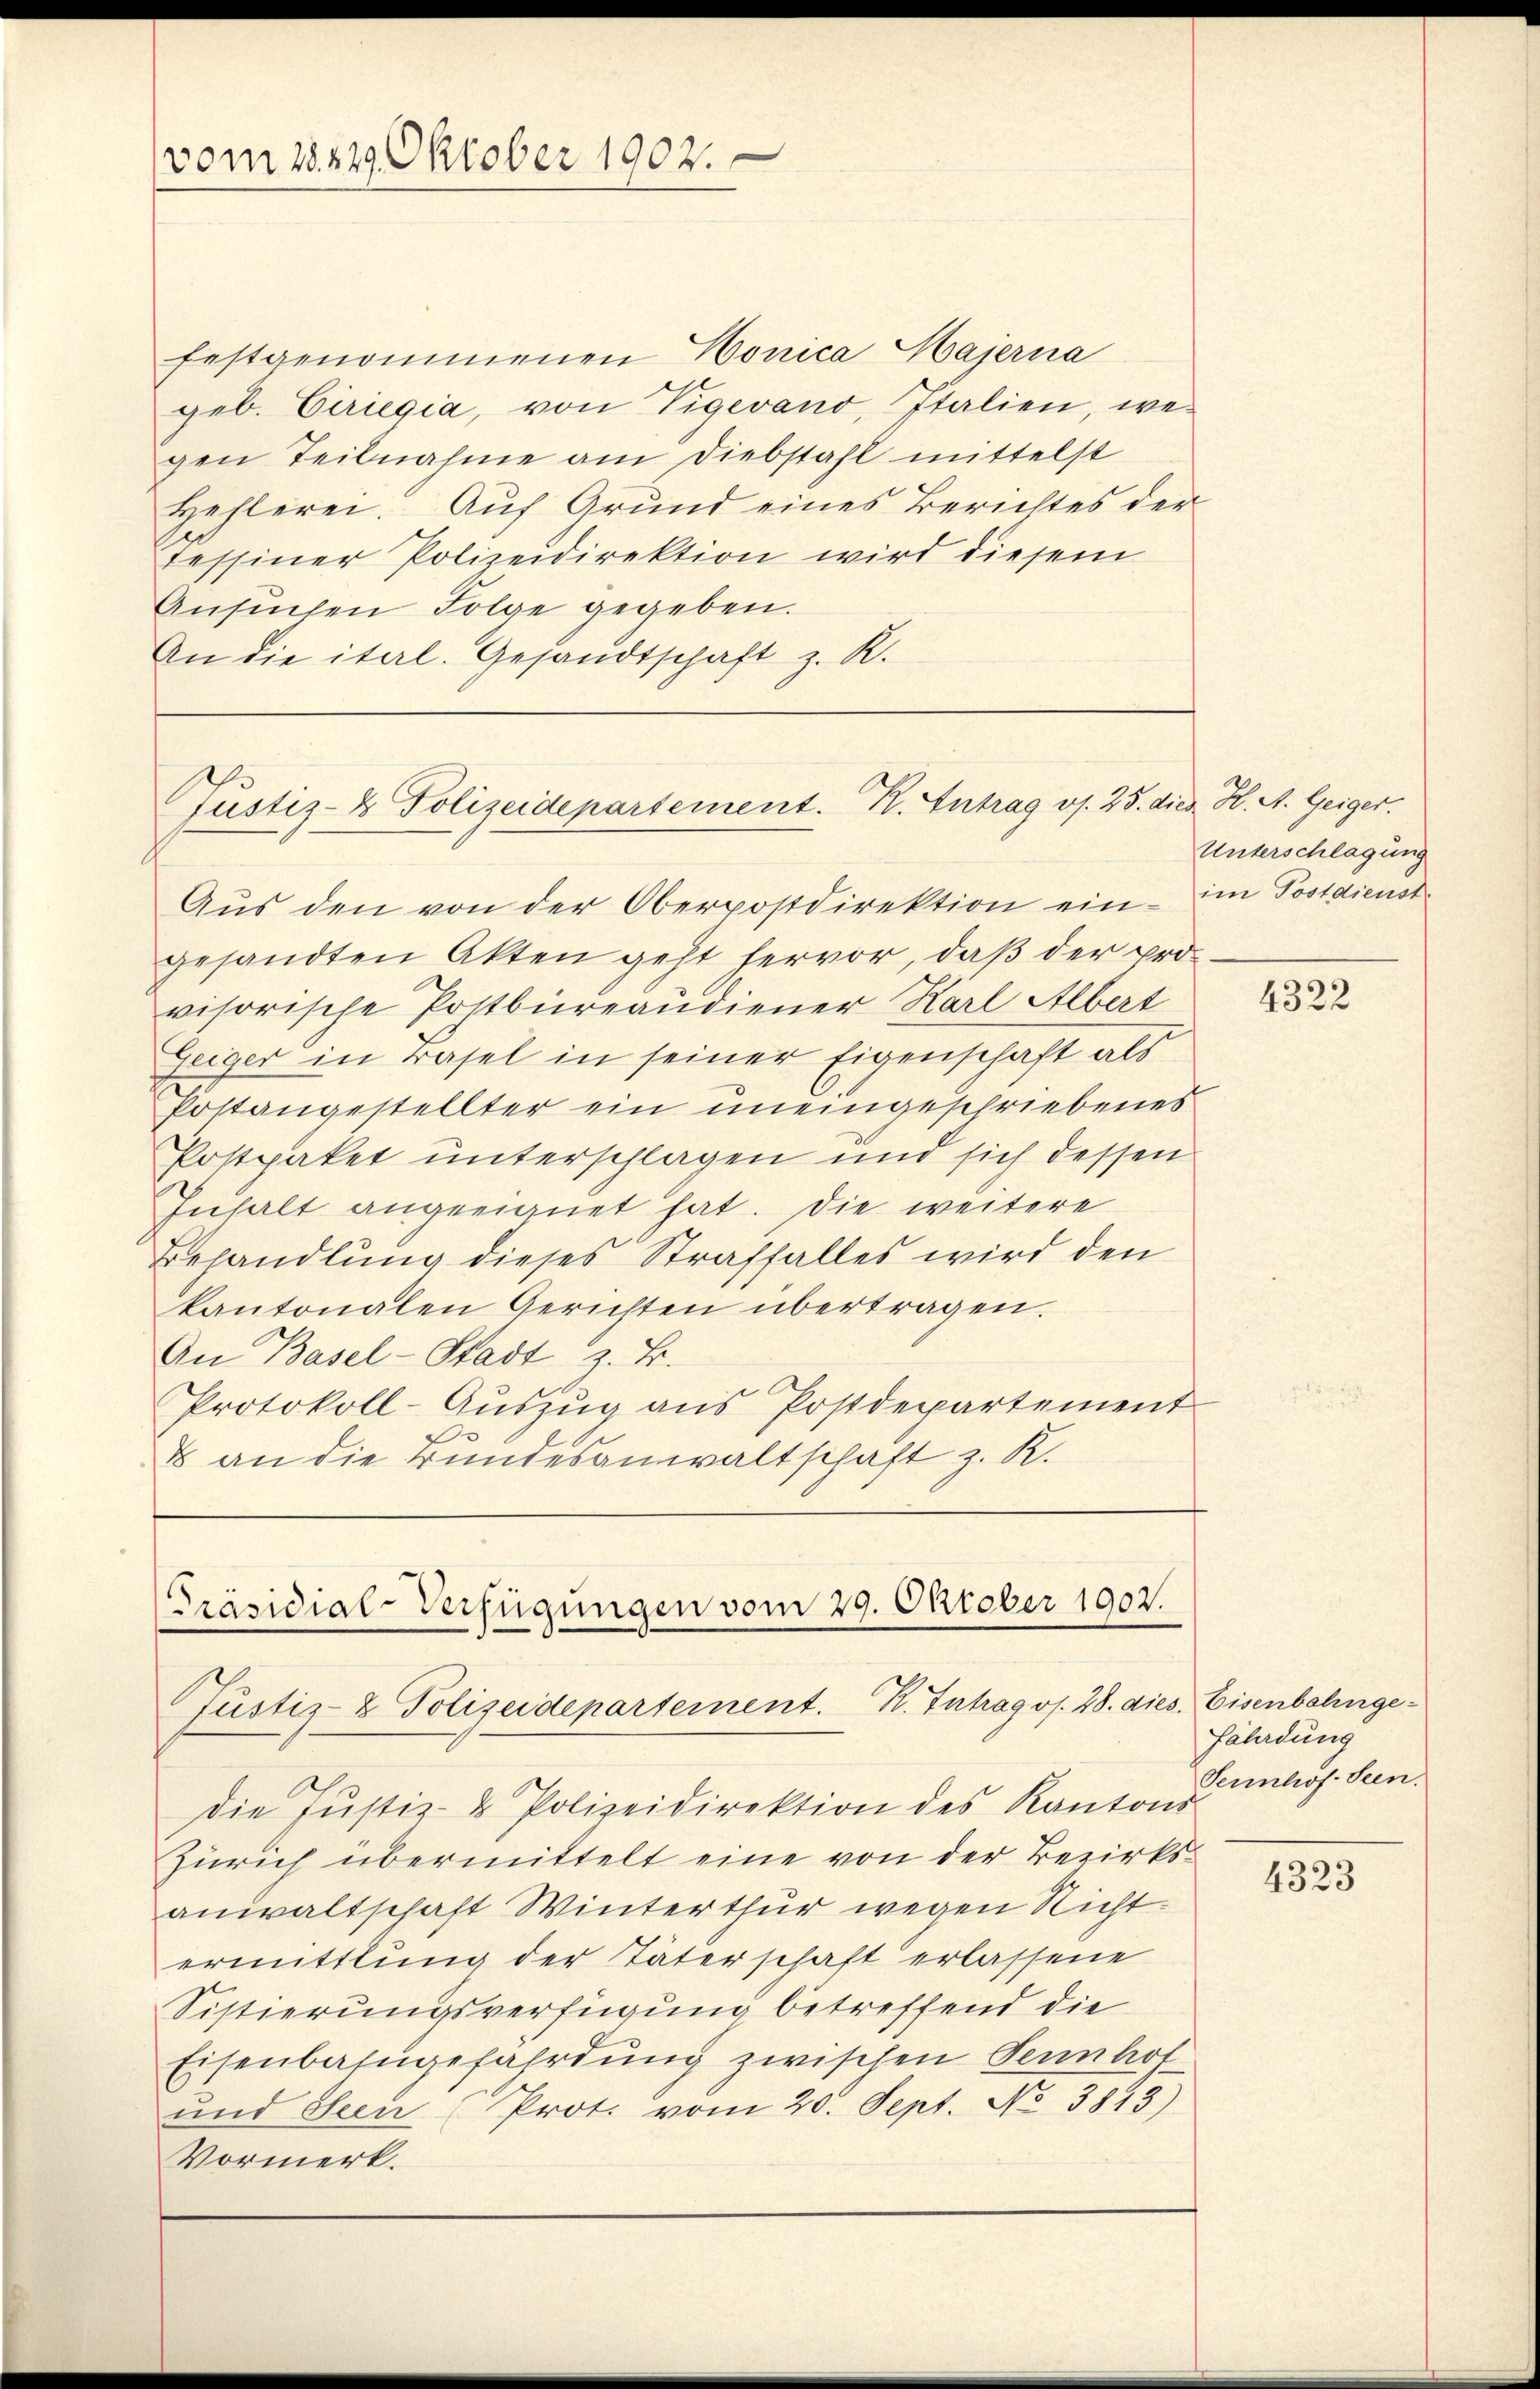
vom 18829. Oktober 1902.,

festgenommenen Honica Majerna
geb. Ciriegia, von Vigevano, Italien, wegen Teilnahme am Diebstahl mittelst
Hehlerei. Auf Grund eines Berichtes der
tessiner Polizeidirektion wird diesem
Ansuchen Folge gegeben.
An die ital. Gesandtschaft z. R.

ustiz- & Polizeidepartement. K. Antrag v. 25. dies H. A. Geiger.

Präsidial-Verfügungen vom 29. Oktober 1902.
Justiz- & Polizeidepartement. R. Intrag os. 28. dies. Eisenbahnge¬

Aus den von der Oberpostdirektion ein - im Postdienst-
gesandten Akten geht hervor, daß der provisorische Postbureaudiener Karl Albert
Geiger in Basel in seiner Eigenschaft als
Postangestellter ein uneingeschriebenes
Postpaket unterschlagen und sich dessen
Inhalt angeeignet hat. Die weitere
Behandlung dieses Straffalles wird den
kantonalen Gerichten übertragen.
An Basel-Stadt z. B.
Protokoll-Auszug aus Postdepartement
E an die Bundesanwaltschaft z. K.

die Justiz- & Polizeidirektion des Kantons
Zürich übermittelt eine von der Bezirksanwaltschaft Winterthur wegen Richt
ermittlung der Täterschaft erlassene
Sistierungsverfügung betreffend die
Eisenbahngefährdung zwischen Sennhol
und Seen (Prot. vom 20. Sept. No 3843)
Vormerk.

Unterschlagung

4322

fährdung
Sennhof. Seen.

4323